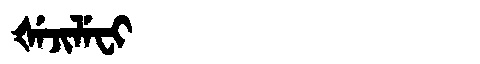
Manchu: ᡧᡝᠵᡳᠯᡝᠸᡳ
Romanization: ŠEJILEFI